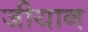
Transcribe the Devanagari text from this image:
जीयान